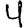
Digit: 4